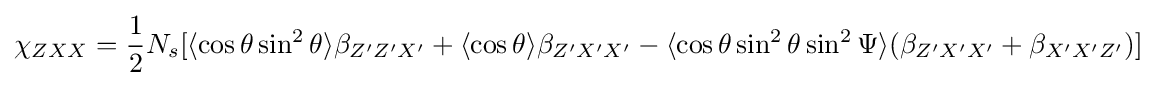
\chi _{ZXX}={\frac {1}{2}}N_{s}[\langle \cos \theta \sin ^{2}\theta \rangle \beta _{Z'Z'X'}+\langle \cos \theta \rangle \beta _{Z'X'X'}-\langle \cos \theta \sin ^{2}\theta \sin ^{2}\Psi \rangle (\beta _{Z'X'X'}+\beta _{X'X'Z'})]